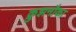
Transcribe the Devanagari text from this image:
क्रुझनौका